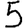
Digit: 5